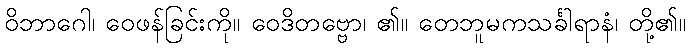
ဝိဘာဂေါ၊ ဝေဖန်ခြင်းကို။ ဝေဒိတဗ္ဗော၊ ၏။ တေဘူမကသင်္ခါရာနံ၊ တို့၏။